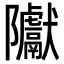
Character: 𮥲